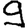
Digit: 9